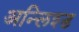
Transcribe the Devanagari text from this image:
अन्लिश्ड